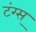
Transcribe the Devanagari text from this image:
टंग्स्